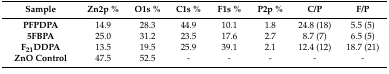
<table><thead><tr><td><b>Sample</b></td><td><b>Zn2p %</b></td><td><b>O1s %</b></td><td><b>C1s %</b></td><td><b>F1s %</b></td><td><b>P2p %</b></td><td><b>C/P</b></td><td><b>F/P</b></td></tr></thead><tbody><tr><td><b>PFPDPA</b></td><td>14.9</td><td>28.3</td><td>44.9</td><td>10.1</td><td>1.8</td><td>24.8 (18)</td><td>5.5 (5)</td></tr><tr><td><b>5FBPA</b></td><td>25.0</td><td>31.2</td><td>23.5</td><td>17.6</td><td>2.7</td><td>8.7 (7)</td><td>6.5 (5)</td></tr><tr><td><b>F<sub>21</sub>DDPA</b></td><td>13.5</td><td>19.5</td><td>25.9</td><td>39.1</td><td>2.1</td><td>12.4 (12)</td><td>18.7 (21)</td></tr><tr><td><b>ZnO Control</b></td><td>47.5</td><td>52.5</td><td>-</td><td>-</td><td>-</td><td>-</td><td>-</td></tr></tbody></table>